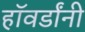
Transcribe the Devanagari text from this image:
हॉवर्डांनी